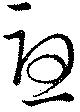
憂